Report on malaria in the Punjab during the year ...  together with an account of the work of the Punjab Malaria Bureau - Volume 6
Disease focus: Malaria
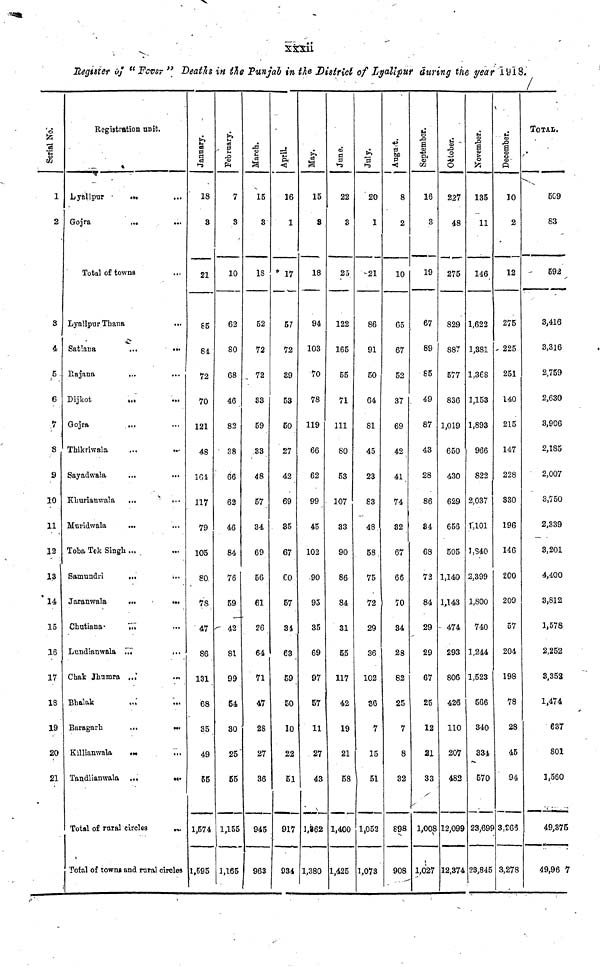
xxxii
Register of " Fever " Deaths in the Punjab in the District of Lyallpur during the year 1918.
Serial No.
1
2
3
4
5
6
7
8
9
10
11
12
13
14
15
16
17
18
19
20
21
Registration unit.
Lyallpur
Gojra
...
...
Total of towns
Lyallpur Thana
Satiana
Rajana
Dijkot
Gojra
Thikriwala
Sayadwala
Khurianwala
Muridwala
Toba Tek Singh
Samundri
Jaranwala
Chutiana
Lundianwala
Chak Jhumra
Bhalak
Baragarh
Killianwala
Tandlianwala
...
...
...
...
...
...
...
...
...
...
...
...
...
...
...
...
...
...
Total of rural circles
...
...
...
...
...
...
...
...
...
...
...
...
...
...
...
...
...
...
...
...
...
...
...
Total of towns and rural circles
January.
18
3
21
85
84
72
70
121
48
164
117
79
105
80
78
47
86
131
68
35
49
55
1,574
1,595
February.
7
3
10
62
80
68
46
82
38
66
62
46
84
76
59
42
81
99
54
30
25
55
1,155
1,165
March.
15
3
18
52
72
72
33
59
33
48
57
34
69
56
61
26
64
71
47
28
27
36
945
963
April
16
1
17
57
72
39
53
50
27
42
69
35
67
60
57
34
63
59
50
10
22
51
917
934
May.
15
3
18
94
103
70
78
119
66
62
99
45
102
90
95
35
69
97
57
11
27
43
1,362
1,380
June.
22
3
25
122
165
55
71
111
80
53
107
33
90
86
84
31
55
117
42
19
21
58
1,400
1,425
July.
20
1
21
86
91
50
64
81
45
23
83
48
58
75
72
29
36
102
36
7
15
51
1,052
1,073
August
8
2
10
65
67
52
37
69
42
41
74
32
67
66
70
34
28
82
25
7
8
32
898
908
September.
16
3
19
67
89
85
49
87
43
28
86
84
68
72
84
29
29
67
25
12
21
33
1,008
1,027
October.
227
48
275
829
887
577
836
1,019
650
430
629
656
505
1,140
1,143
474
293
806
426
110
207
482
12,099
12,374
November.
135
11
146
1,622
1,381
1,368
1,153
1,893
966
822
2,037
1,101
1,840
2,399
1,800
740
1,244
1,523
566
340
334
570
23,699
23,845
December.
10
2
12
275
225
251
140
215
147
228
330
196
146
200
209
57
204
198
78
28
45
94
3,266
3,278
TOTAL.
509
83
592
3,416
3,316
2,759
2,630
3,906
2,185
2,007
3,750
2,339
3,201
4,400
3,812
1,578
2,252
3,352
1,474
637
801
1,560
49,375
49,96 7